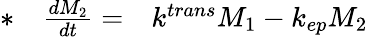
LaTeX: \begin{array}{rlr}{*}&{{}\frac{dM_{2}}{dt}=}&{k^{trans}M_{1}-k_{ep}M_{2}}\end{array}